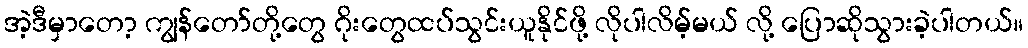
အဲ့ဒီမှာတော့ ကျွန်တော်တို့တွေ ဂိုးတွေထပ်သွင်းယူနိုင်ဖို့ လိုပါလိမ့်မယ် လို့ ပြောဆိုသွားခဲ့ပါတယ်။